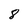
Character: 8